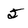
Character: 5